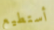
أستطيع